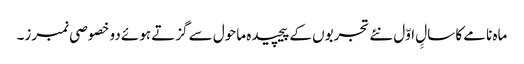
ماہ نامے کا سالِِ اوّل نئے تجربوں کے پیچیدہ ماحول سے گزتے ہوئے دو خصوصی نمبرز۔